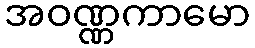
အဝဏ္ဏကာမော